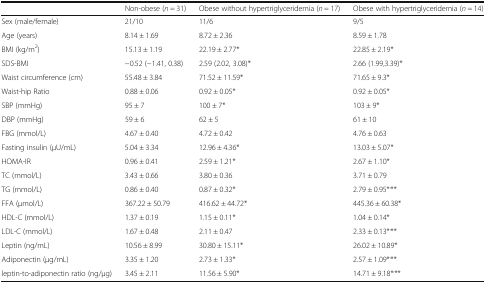
<table><thead><tr><td></td><td><b>Non-obese (<i>n</i> = 31)</b></td><td><b>Obese without hypertriglyceridemia (<i>n</i> = 17)</b></td><td><b>Obese with hypertriglyceridemia (<i>n</i> = 14)</b></td></tr></thead><tbody><tr><td>Sex (male/female)</td><td>21/10</td><td>11/6</td><td>9/5</td></tr><tr><td>Age (years)</td><td>8.14 ± 1.69</td><td>8.72 ± 2.36</td><td>8.59 ± 1.78</td></tr><tr><td>BMI (kg/m<sup>2</sup>)</td><td>15.13 ± 1.19</td><td>22.19 ± 2.77*</td><td>22.85 ± 2.19*</td></tr><tr><td>SDS-BMI</td><td>−0.52 (−1.41, 0.38)</td><td>2.59 (2.02, 3.08)*</td><td>2.66 (1.99,3.39)*</td></tr><tr><td>Waist circumference (cm)</td><td>55.48 ± 3.84</td><td>71.52 ± 11.59*</td><td>71.65 ± 9.3*</td></tr><tr><td>Waist-hip Ratio</td><td>0.88 ± 0.06</td><td>0.92 ± 0.05*</td><td>0.92 ± 0.05*</td></tr><tr><td>SBP (mmHg)</td><td>95 ± 7</td><td>100 ± 7*</td><td>103 ± 9*</td></tr><tr><td>DBP (mmHg)</td><td>59 ± 6</td><td>62 ± 5</td><td>61 ± 10</td></tr><tr><td>FBG (mmol/L)</td><td>4.67 ± 0.40</td><td>4.72 ± 0.42</td><td>4.76 ± 0.63</td></tr><tr><td>Fasting insulin (μU/mL)</td><td>5.04 ± 3.34</td><td>12.96 ± 4.36*</td><td>13.03 ± 5.07*</td></tr><tr><td>HOMA-IR</td><td>0.96 ± 0.41</td><td>2.59 ± 1.21*</td><td>2.67 ± 1.10*</td></tr><tr><td>TC (mmol/L)</td><td>3.43 ± 0.66</td><td>3.80 ± 0.36</td><td>3.71 ± 0.79</td></tr><tr><td>TG (mmol/L)</td><td>0.86 ± 0.40</td><td>0.87 ± 0.32*</td><td>2.79 ± 0.95*<sup>,</sup>**</td></tr><tr><td>FFA (μmol/L)</td><td>367.22 ± 50.79</td><td>416.62 ± 44.72*</td><td>445.36 ± 60.38*</td></tr><tr><td>HDL-C (mmol/L)</td><td>1.37 ± 0.19</td><td>1.15 ± 0.11*</td><td>1.04 ± 0.14*</td></tr><tr><td>LDL-C (mmol/L)</td><td>1.67 ± 0.48</td><td>2.11 ± 0.47</td><td>2.33 ± 0.13*<sup>,</sup>**</td></tr><tr><td>Leptin (ng/mL)</td><td>10.56 ± 8.99</td><td>30.80 ± 15.11*</td><td>26.02 ± 10.89*</td></tr><tr><td>Adiponectin (μg/mL)</td><td>3.35 ± 1.20</td><td>2.73 ± 1.33*</td><td>2.57 ± 1.09*<sup>,</sup>**</td></tr><tr><td>leptin-to-adiponectin ratio (ng/μg)</td><td>3.45 ± 2.11</td><td>11.56 ± 5.90*</td><td>14.71 ± 9.18*<sup>,</sup>**</td></tr></tbody></table>